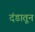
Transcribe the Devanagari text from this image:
दंडातून